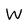
Character: W